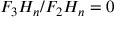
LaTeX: F _ { 3 } H _ { n } / F _ { 2 } H _ { n } = 0